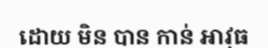
ដោយ មិន បាន កាន់ អាវុធ